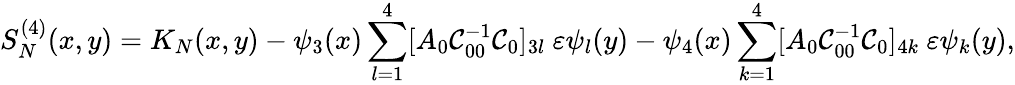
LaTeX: S_{N}^{(4)}(x,y)=K_{N}(x,y)-\psi_{3}(x)\sum_{l=1}^{4}[A_{0}\mathcal{C}_{00}^{-1}\mathcal{C}_{0}]_{3l}\ \varepsilon\psi_{l}(y)-\psi_{4}(x)\sum_{k=1}^{4}[A_{0}\mathcal{C}_{00}^{-1}\mathcal{C}_{0}]_{4k}\ \varepsilon\psi_{k}(y),